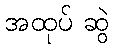
အထုပ် ဆွဲ